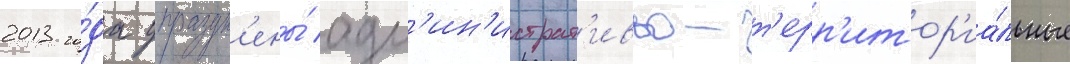
2013 го́да упраздн'ены́ адм'ин'истрат'ивно-т'ерр'итор'иа́льные